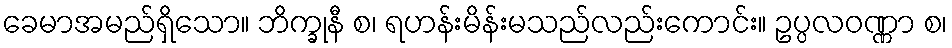
ခေမာအမည်ရှိသော။ ဘိက္ခုနီ စ၊ ရဟန်းမိန်းမသည်လည်းကောင်း။ ဥပ္ပလဝဏ္ဏာ စ၊